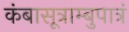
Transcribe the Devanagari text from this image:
कंबासूत्राम्बुपात्रं